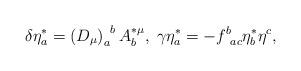
LaTeX: \begin{align*}\delta \eta _a^{*}=\left( D_\mu \right) _a^{\;\;b}A_b^{*\mu},\;\gamma \eta _a^{*}=-f_{\;\;ac}^b\eta _b^{*}\eta ^c,\end{align*}